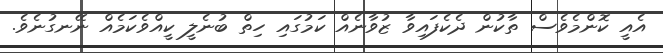
އެއީ ކޮންމެވެސް ތާކުން ދެކެފައިވާ ޒުވާނެއް ކަމުގައި ހިތް ބުނެލީ ކީއްވެކަމެއް ނޭނގުނެވެ.